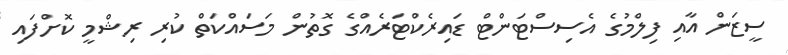
ސީޒަން އާއި ފިލްމުގެ އެސިސްޓަންޓް ޑައިރެކްޓަރެއްގެ ގޮތުން މަސައްކަތް ކުރި ރިޝްމީ ކޮށްފައި